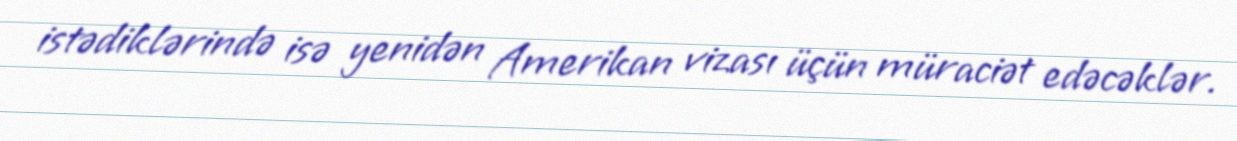
istədiklərində isə yenidən Amerikan vizası üçün müraciət edəcəklər.